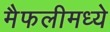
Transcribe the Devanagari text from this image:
मैफलीमध्ये